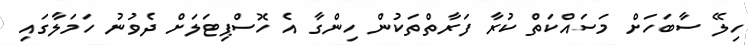
ހިލޭ ސާބަހަށް މަސައްކަތް ކުރާ ފަރާތްތަކުން ހިންގާ އެ ހޮސްޕިޓަލަށް ދެވުނު ހަމަލާގައި